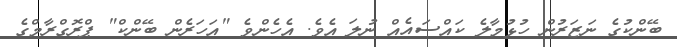
ބޭންކުގެ ނަޒަރުން ހުޅުމާލެ ކައްސައެއް ނުލަ އެވެ. އެހެންވެ "އަހަރެން ބޭންކް" ޕްރޮގްރާމްގެ